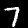
Digit: 7